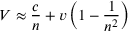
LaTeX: V \approx { \frac { c } { n } } + v \left( 1 - { \frac { 1 } { n ^ { 2 } } } \right)